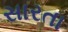
સારતા